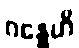
ဂန္ဓေဟိ